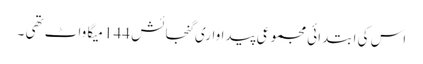
اس کی ابتدائی مجموعی پیداواری گنجائش 144 میگا واٹ تھی ۔